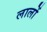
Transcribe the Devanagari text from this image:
लालों